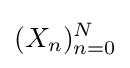
(X_{n})_{n=0}^{N}